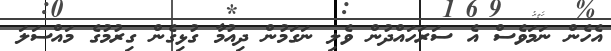
އެހެން ނަމަވެސް އެ ސަރަހައްދުން ވެލި ނަގަމުން ދިއުމާ ގުޅިގެން ގިރުމުގެ މައްސަލަ